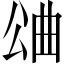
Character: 𣌶